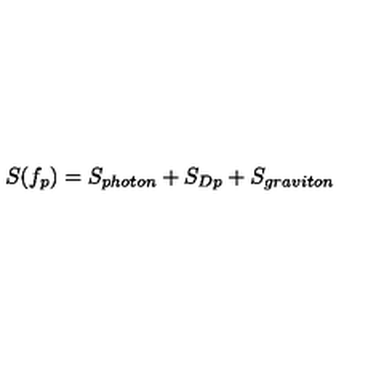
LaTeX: S ( f _ { p } ) = S _ { p h o t o n } + S _ { D p } + S _ { g r a v i t o n }